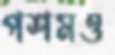
পশমও